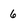
Character: 6